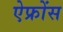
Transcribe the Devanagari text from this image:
ऐफ्रोंस